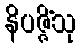
နိပဇ္ဇိံသု